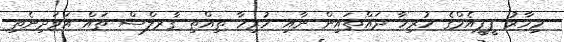
މިހާރު ޕީޕީއެމްގެ ހުރިހާ ދައްތައިން ނާއި ހުރިހާ ތިއްތި ގާރލްސް ތައް އަވަދިނެތި